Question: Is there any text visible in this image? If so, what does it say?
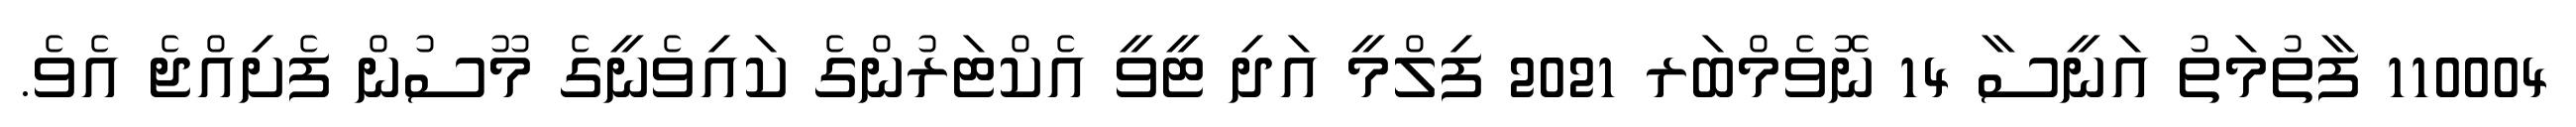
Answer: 110004 ފާތުމަތު އަނީސާ 14 ނޮވެމްބަރ 2021 ފިލްމީ އަދި ޓީވީ އެކްޓަރުންގެ ކައިވެނީގެ މޫސުން ފެށިއްޖެ އެވެ.